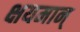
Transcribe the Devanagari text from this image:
क्षयमान्